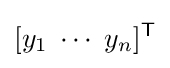
[y_{1}\;\cdots \;y_{n}]^{\mathsf {T}}